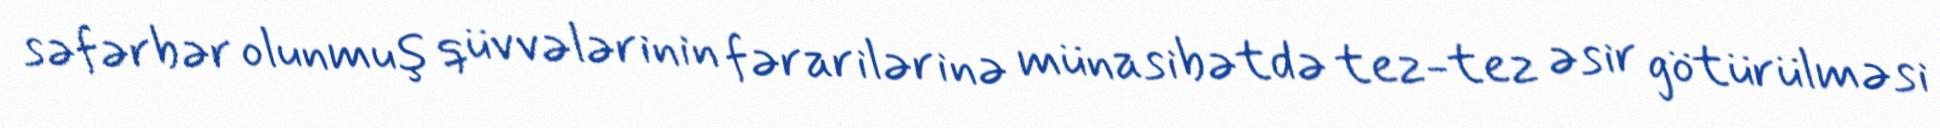
səfərbər olunmuş qüvvələrinin fərarilərinə münasibətdə tez-tez əsir götürülməsi